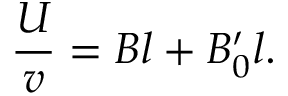
\frac { U } { v } = B l + B _ { 0 } ^ { \prime } l .